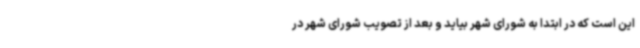
این است که در ابتدا به شورای شهر بیاید و بعد از تصویب شورای شهر در